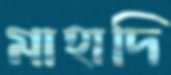
মাহাদি